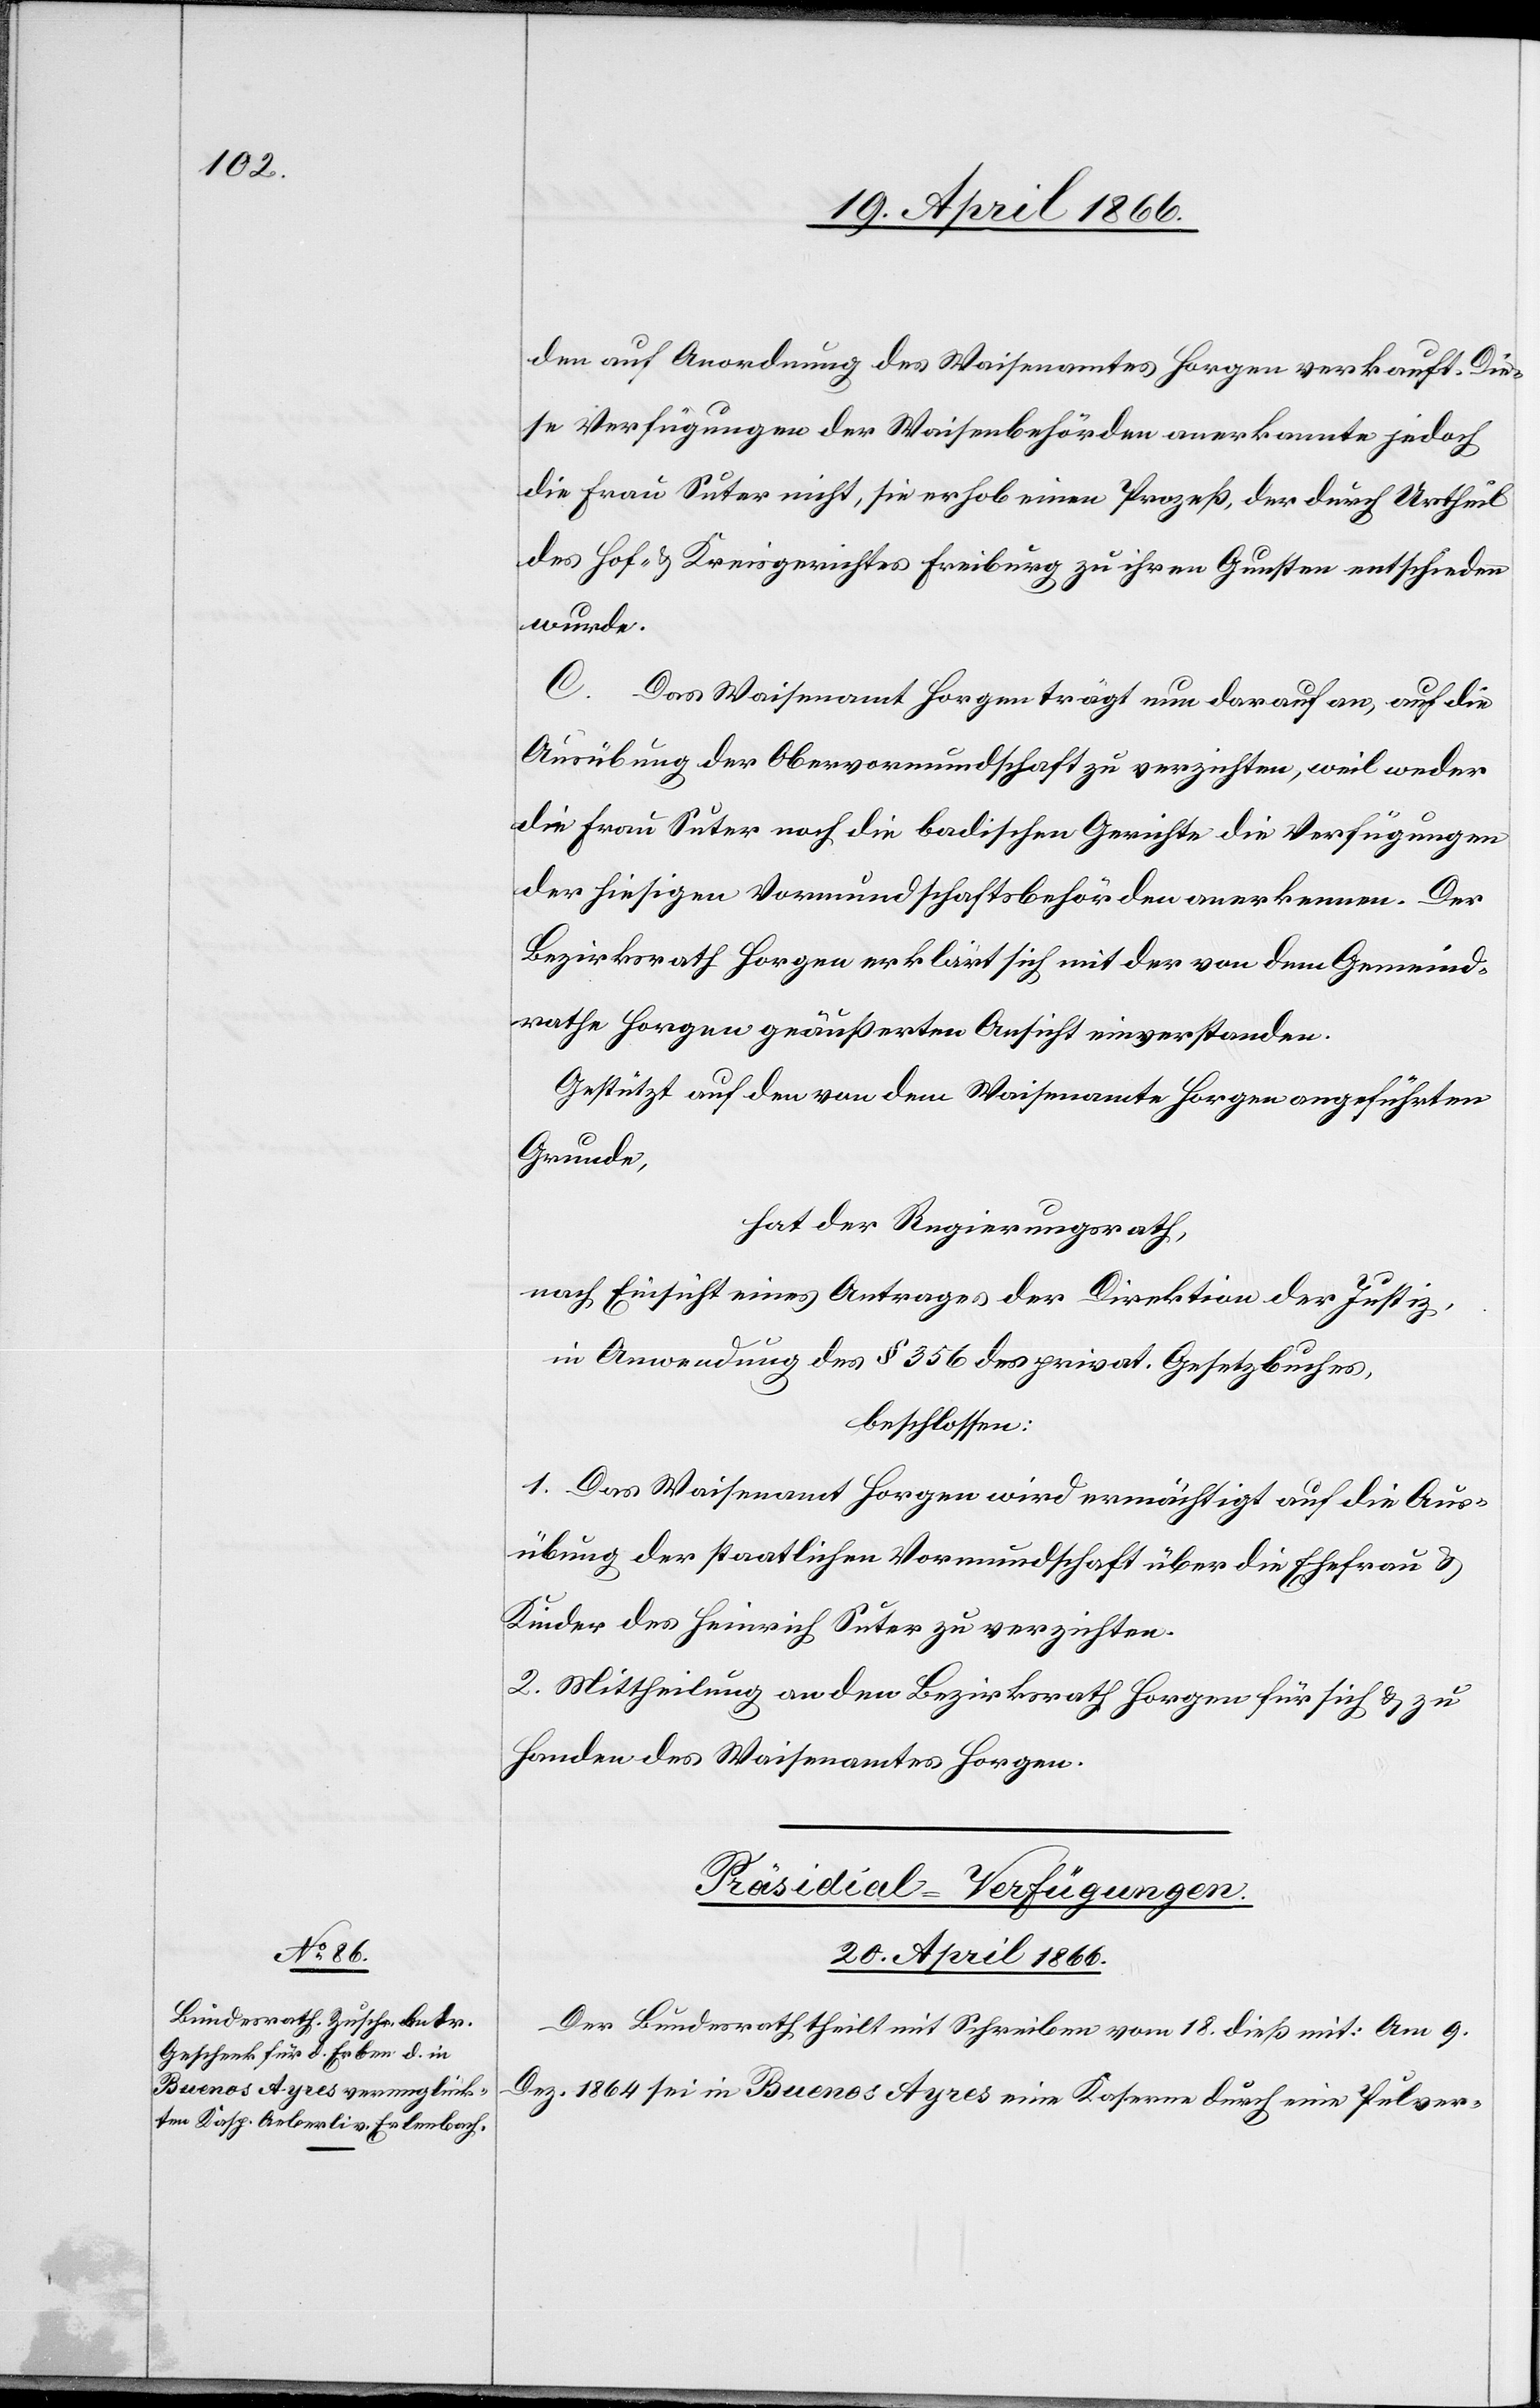
den auf Anordnung des Waisenamtes Horgen verkauft. Die¬
se Verfügungen der Waisenbehörden anerkannte jedoch
die Frau Suter nicht, sie erhob einen Prozeß, der durch Urtheil
des Hof- u. Kreisgerichtes Freiburg zu ihren Gunsten entschieden
wurde.
C. Das Waisenamt Horgen trägt nun darauf an, auf die
Ausübung der Obervormundschaft zu verzichten, weil weder
die Frau Suter noch die badischen Gerichte die Verfügungen
der hiesigen Vormundschaftsbehörden anerkennen. Der
Bezirksrath Horgen erklärt sich mit der von dem Gemeind¬
rathe Horgen geäußerten Ansicht einverstanden.
Gestützt auf den von dem Waisenamte Horgen angeführten
Grunde,
hat der Regierungsrath,
nach Einsicht eines Antrages der Direktion der Justiz,
in Anwendung des § 356 des privat. Gesetzbuches,
beschlossen:
1. Das Waisenamt Horgen wird ermächtigt auf die Aus¬
übung der staatlichen Vormundschaft über die Ehefrau u.
Kinder des Heinrich Suter zu verzichten.
2. Mittheilung an den Bezirksrath Horgen für sich u. zu
Handen des Waisenamtes Horgen.
Präsidial-Verfügungen.
20. April 1866.
Der Bundesrath theilt mit Schreiben vom 18. dieß mit: Am 9.
Dez. 1864 sei in Buenos Ayres eine Kaserne durch eine Pulver-